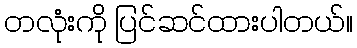
တလုံးကို ပြင်ဆင်ထားပါတယ်။